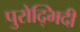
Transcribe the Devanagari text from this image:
पुरोद्भिदी